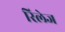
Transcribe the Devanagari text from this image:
रिलेज